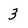
Character: 3